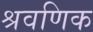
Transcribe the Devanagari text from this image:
श्रवणिक